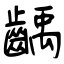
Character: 齲